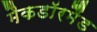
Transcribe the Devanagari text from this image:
मैकडाॅरमैंड